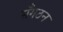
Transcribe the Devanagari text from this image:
सँगठन